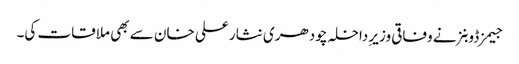
جیمز ڈوبنز نے وفاقی وزیرِ داخلہ چودھری نثار علی خان سے بھی ملاقات کی۔